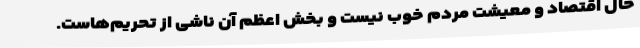
حال اقتصاد و معیشت مردم خوب نیست و بخش اعظم آن ناشی از تحریم‌هاست.